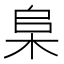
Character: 𬂫